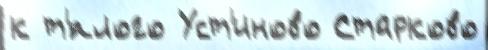
к т'́плого Уст'иново Старково